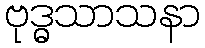
ဗုဒ္ဓသာသနာ